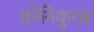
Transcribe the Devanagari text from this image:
फ़ोनिकुरस